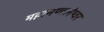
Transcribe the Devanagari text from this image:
महामण्डलेष्वर